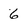
Character: 6